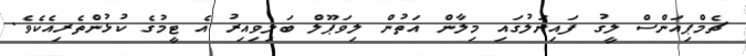
ޗެމްޕިއަންސް ލީގު ފައިނަލުގައި މިލާން އަތުން ލިވަޕޫލް ބަލިވިއިރު އެ ޓީމުގެ ކުޅުންތެރިއެކެވެ.